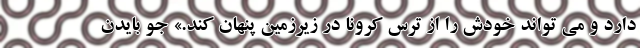
دارد و می تواند خودش را از ترس کرونا در زیرزمین پنهان کند.» جو بایدن